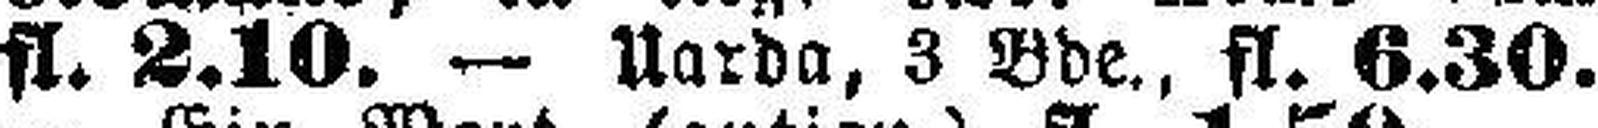
fl. 2.10. — Uarda, 3 Bde., fl. 6.30.